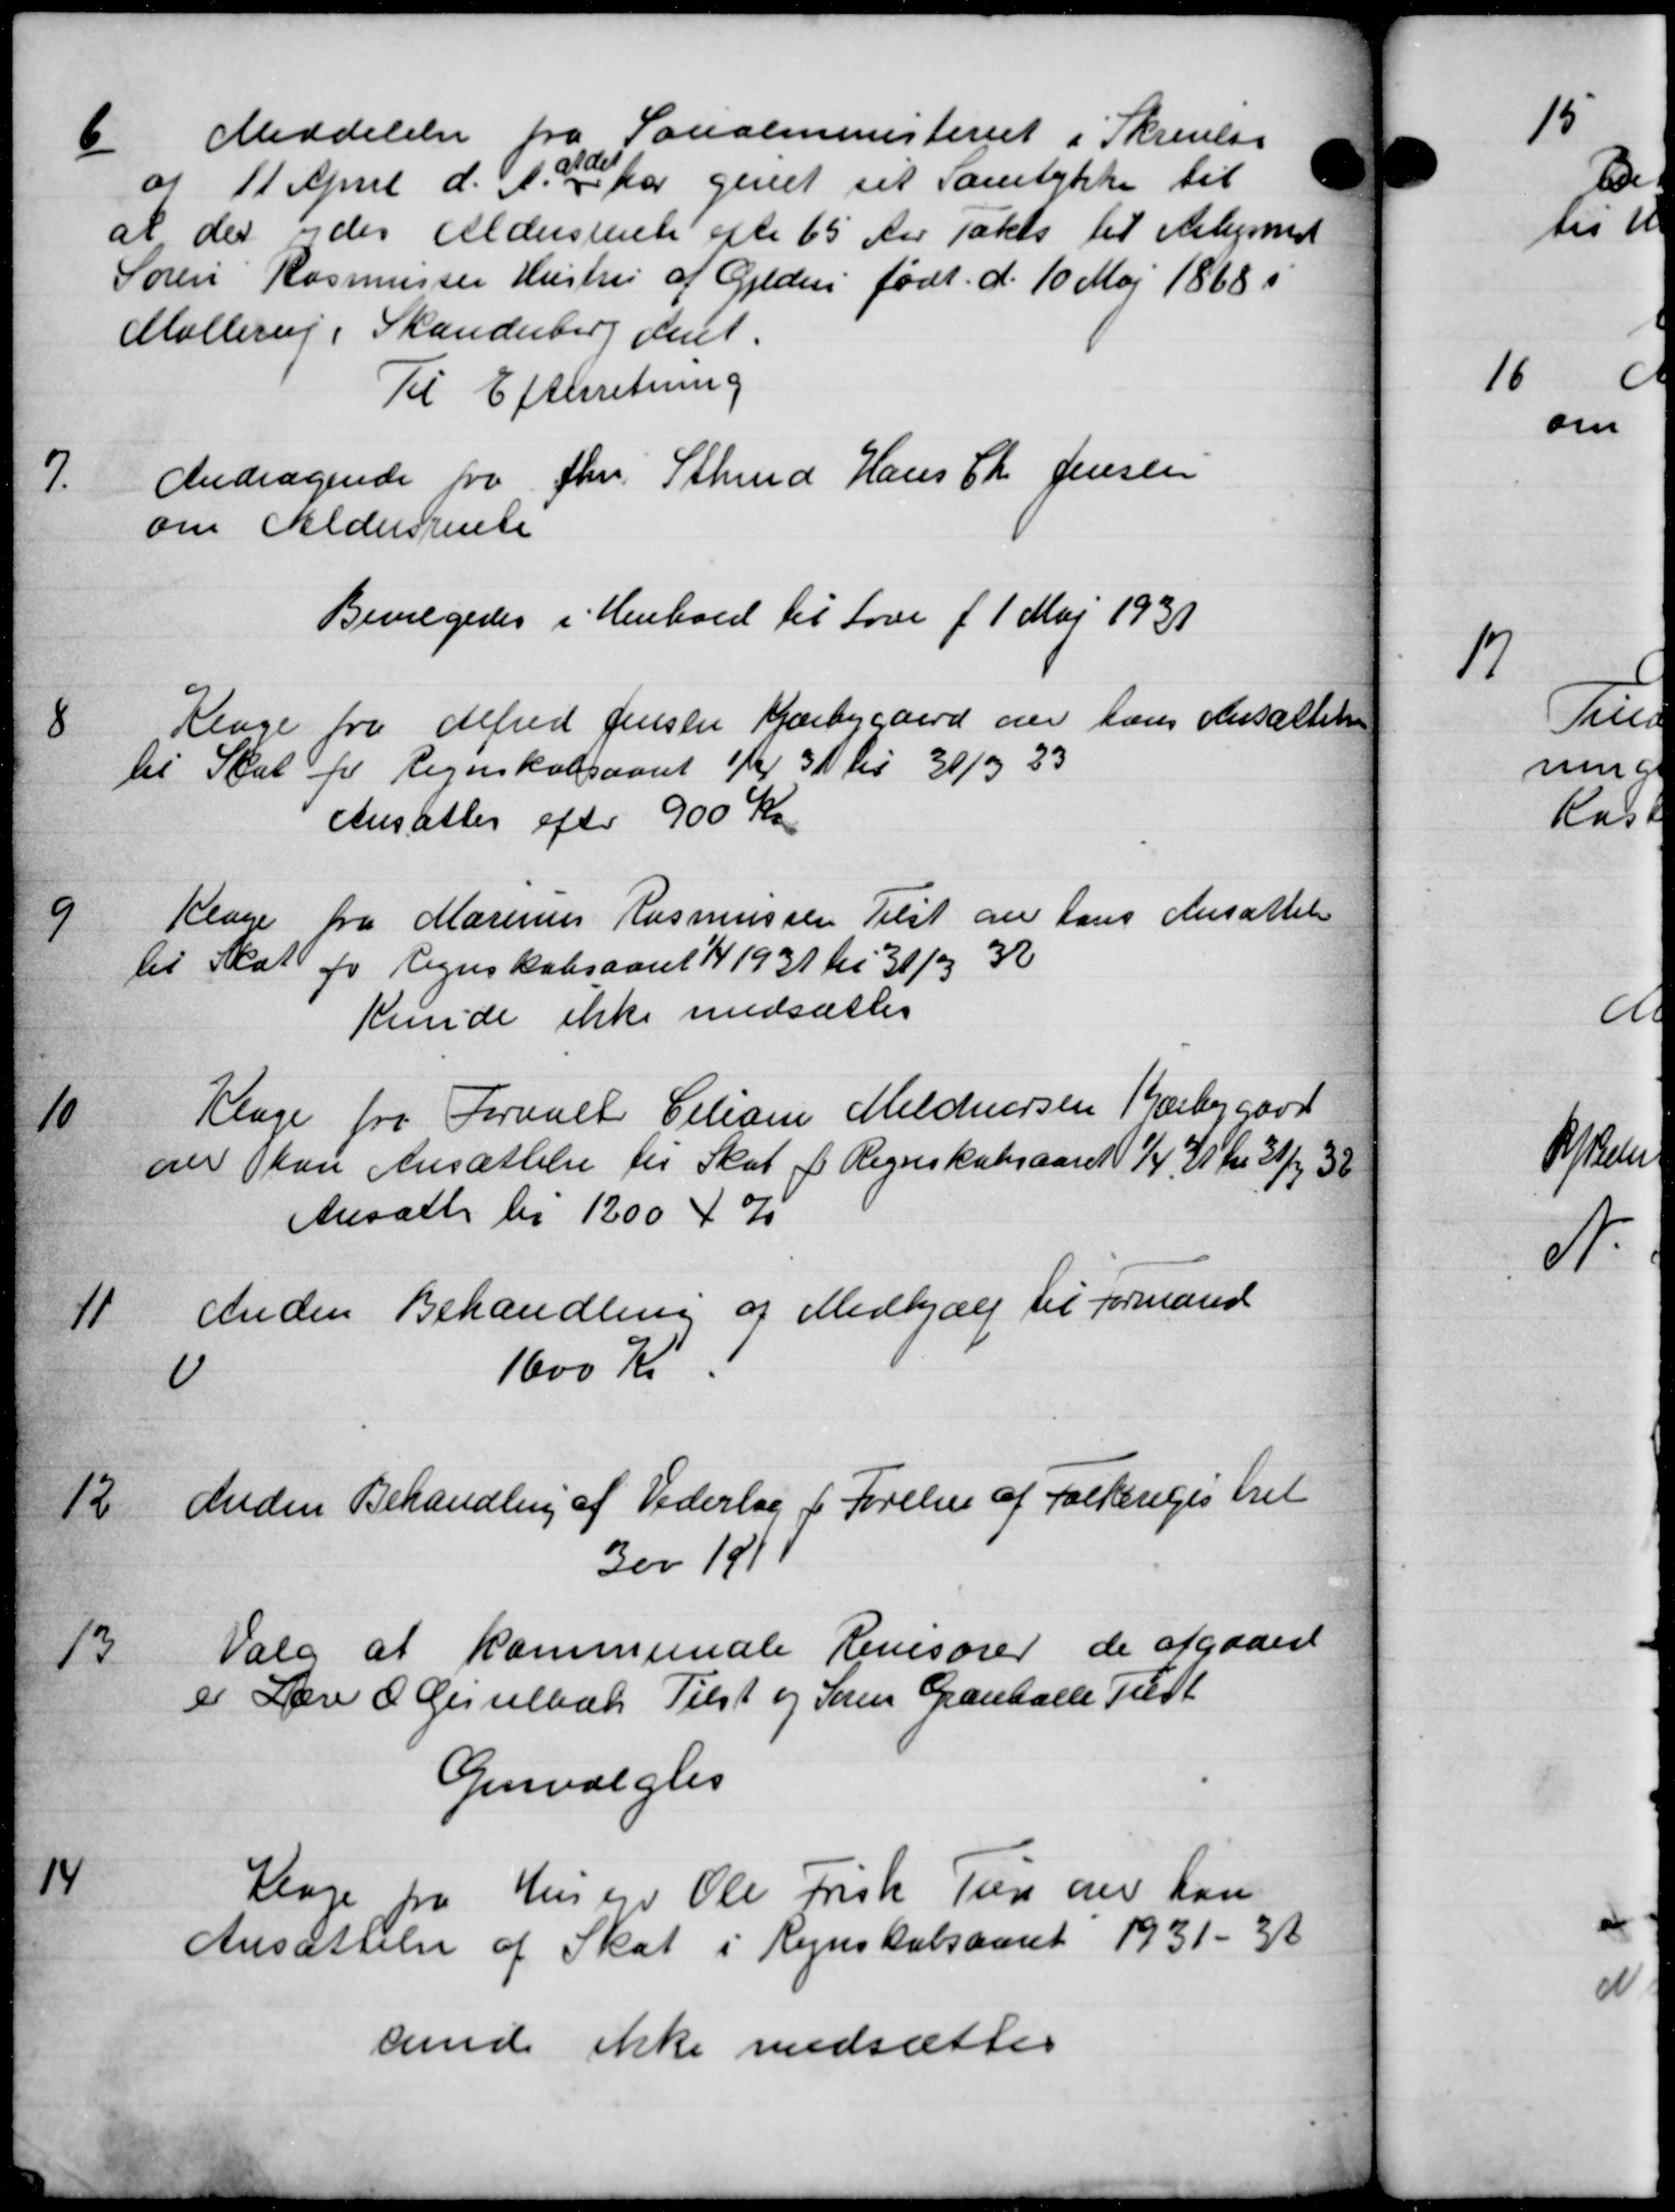
Transskription:
6
Meddelelse fra Socialministeriet i Skrivelse
af 11 April d. A. at har givet sit Samtykke til
at der ydes Aldersrente efter 65 Aar Takts til Arbejdet
Søren Rasmussen Hustru af Gylder født d. 10 Maj 1868
Møllerup i Skanderberg Amt.
Til Efterretning
7
Andragende fra fhv. Sthmd Hans Ch. Jensen
om Aldersrente
Bevilgedes i Henhold til Love f. 1 Maj 1931
8
Klage fra Alfred Jensen Kjærbygaard om hans Ansættelsen
til Skat for Regnskabsaaret 1/4 31 til 31/3 23
Ansattes efter 900 Kr
9
Klage fra Marinus Rasmussen Tilst om hans Ansættelse
til Skat for Regnskabsaaret 1/4 1931 til 31/3 32
Kunde ikke nedsættes
10
Klage fra Formuel Ciliam Meldersen Bæbygård
oer kan Ansættelse til Skat i Regnskabsaaret 1/4 21 Kr 21/4 38
Ansætte til 1200 4 %
11
Anden Behandling af Medhjælp til Formand
11
1600 Kr
12
Anden Behandling af Vederlag i Førelse af folkeregistret
300 191
13
Valg af kommunale Revisorer de afgaaed
er Lære O Gisselbæk Tilst og Søren Grantalle Tilst
Genvalgtes
14
Klage fra Husejer Ole Frisk Tun der han
Ansættelse af Skat i Regnskabsaaret 1931-32
sunde ikke nedsættes